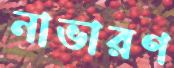
নাভারণ